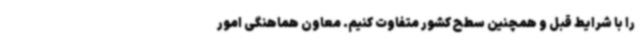
را با شرایط قبل و همچنین سطح کشور متفاوت کنیم. معاون هماهنگی امور